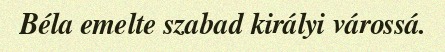
Béla emelte szabad királyi várossá.